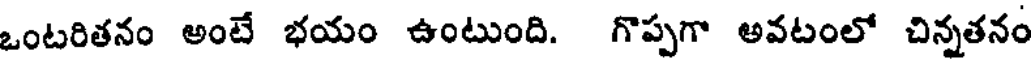
ఒంటరితనం అంటే భయం ఉంటుంది. గొప్పగా అవటంలో చిన్నతనం